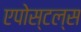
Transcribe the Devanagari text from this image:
एपोस्टल्स